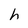
Character: h